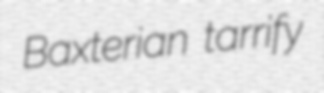
Baxterian tarrify